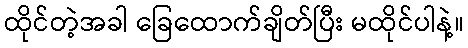
ထိုင်တဲ့အခါ ခြေထောက်ချိတ်ပြီး မထိုင်ပါနဲ့။